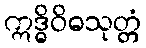
ဣဒ္ဓိဝိဓသုတ္တံ